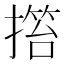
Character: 𢲹